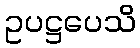
ဥပဋ္ဌပေသိ